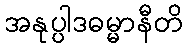
အနုပ္ပါဒဓမ္မာနီတိ